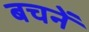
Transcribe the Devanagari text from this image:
बचनें